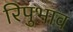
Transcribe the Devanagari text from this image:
रिपुभाव